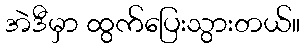
အဲဒီမှာ ထွက်ပြေးသွားတယ်။